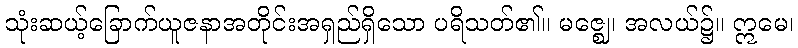
သုံးဆယ့်ခြောက်ယူဇနာအတိုင်းအရှည်ရှိသော ပရိသတ်၏။ မဇ္ဈေ၊ အလယ်၌။ ဣမေ၊